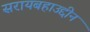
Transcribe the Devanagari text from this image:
सरायबहाउद्दीन